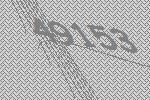
49153